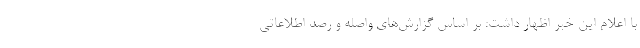
با اعلام این خبر اظهار داشت: بر اساس گزارش‌های واصله و رصد اطلاعاتی